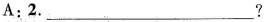
A;2.___?